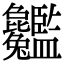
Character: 𦣸